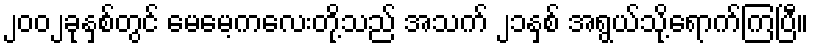
၂၀၀၂ခုနှစ်တွင် မေမေ့ကလေးတို့သည် အသက် ၂၁နှစ် အရွယ်သို့ရောက်ကြပြီ။